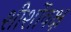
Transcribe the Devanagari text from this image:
शीर्शोवक्ष